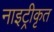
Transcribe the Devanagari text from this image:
नाइट्रीकृत